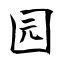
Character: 园